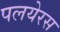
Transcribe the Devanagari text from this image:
पलयेरस